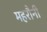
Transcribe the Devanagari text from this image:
महरौनी